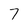
Character: 7